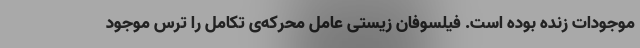
موجودات زنده بوده است. فیلسوفان زیستی عامل محرکه‌ی تکامل را ترس موجود